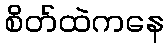
စိတ်ထဲကနေ